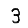
Digit: 3